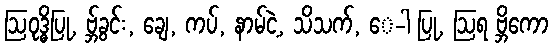
ဩဝုဒ္ဓိပြု, ဗ္ဘ်ခွင်း, ချေ, ကပ်, နာမ်ငဲ့, သိသက်, ေ-ါ ပြု, ဩရ ဗ္ဘိကော